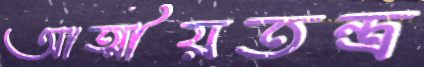
আত্মীয়তন্ত্র